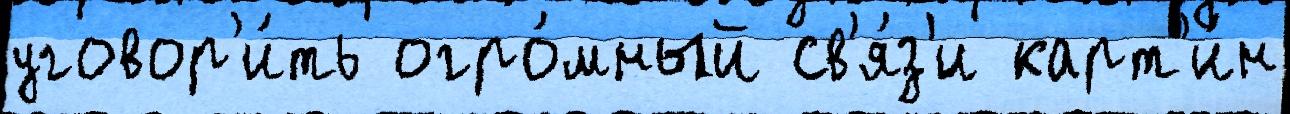
уговор'и́ть огро́мный св'я́з'и карт'и́н